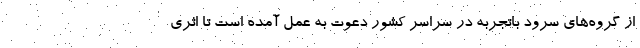
از گروه‌های سرود باتجربه در سراسر کشور دعوت به عمل آمده است تا اثری